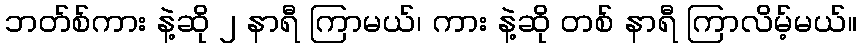
ဘတ်စ်ကား နဲ့ဆို ၂ နာရီ ကြာမယ်၊ ကား နဲ့ဆို တစ် နာရီ ကြာလိမ့်မယ်။